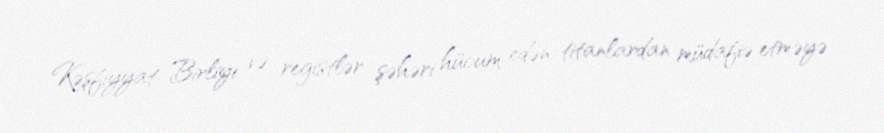
Kəşfiyyat Birliyi və registlər şəhəri hücum edən titanlardan müdafiə etməyə